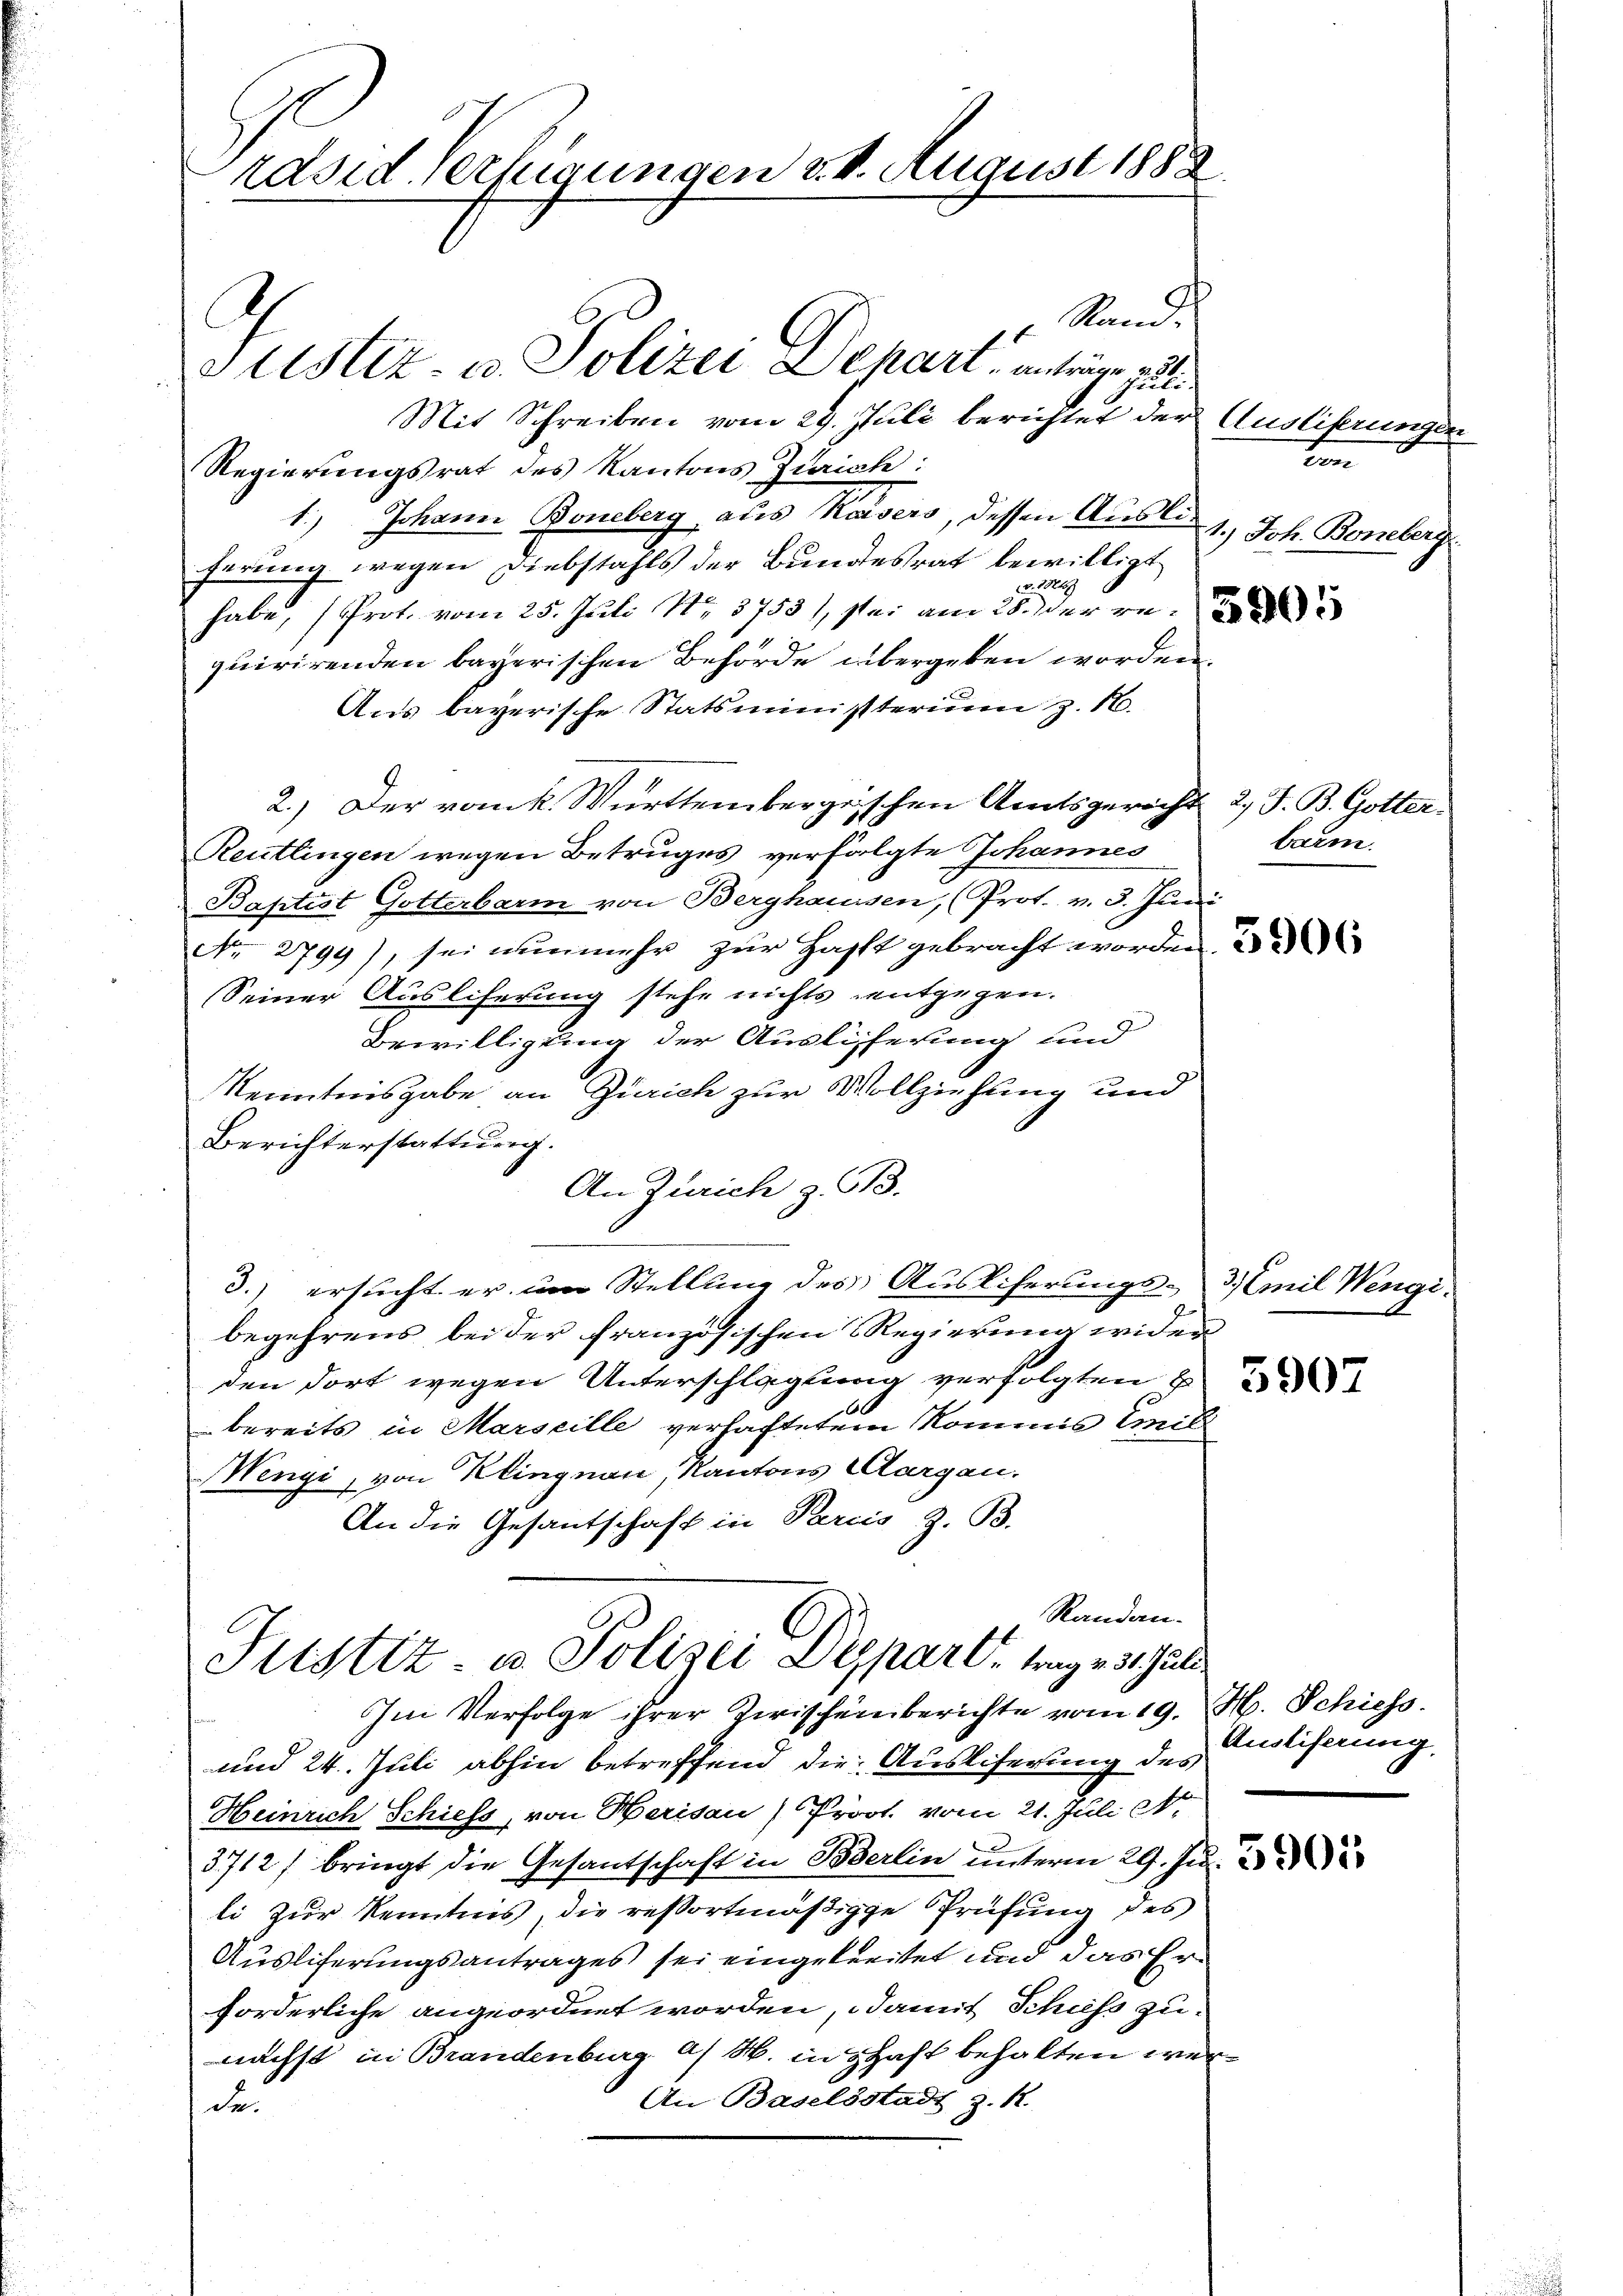
Stand.
Justiz- u. Polizei Depart, anträge zuli
Mit Schreiben vom 29. Juli berichtet der Ausliferungen
Regierungsrat des Kantons Zürich:
1.) Johann Boneberg, aus Kaisers, dessen Ausliferung wegen Diebstahls der Bundesrat bewilligt
v. 1824
habe, (Prot. vom 25. Juli 18753), sei am 28. Der re
quirirenden bayerischen Behörde übergeben worden.
Aus bayerische Statsministerium z. B.
2.) Der vom k. Württembergeschen Amtsgericht 2., S. B. Gotter.
Reutlingen wegen Betruges verfolgte Johannes
Baptist Gotterbarm von Berghaussen, (Prot. v. 3. Juni
Nr. 2799), sei nunmehr zur Hafft gebracht worden.
Seiner Ausliferung stehe nichts entgegen.
Bewilligung der Auslieferung und
Kenntnisgabe an Zürich zur Vollziehung und
Berichterstattung.
An Zürich z. 613.
3.) ersucht er im Stellung des Auslieferungs- 3) Emil Wenge
begehrens bei der französischen Regierung wider
den dort wegen Unterschlagung verfolgten E
bereits in Marseille verhaftetem Kommis Emili
Wengi, von Klingnau, Kantons Aargau.
An die Gesantschaft in Pareis z. B.
Randan¬
Justiz- u. Polizei Depart, trag v. 3. Juli
Im Verfolge ihrer Zwischeinberichte vom 19. H. Schiess.
und 24. Juli abhin betreffend die Auslieferung des
Heinrich Schiess, von Herisau / Prödt vom 21. Juli A.
3712/ bringt die Gesandschaft in Berlin unterm 29. Jun.
li zur Kenntnis, die reßortmäßige Prüfung des
Ausliferungsantrages sei eingetreitet und das Erforderliche angeordnet worden, damit Schiess zunächst in Brandenburg a/ M. in Schaft behalten wer¬
An Baselstadt z. R.
de

räsid. Verfügungen 24. August 1888

ten
1.) Joh. Boneberg

barm.

5907

Ausliferung.